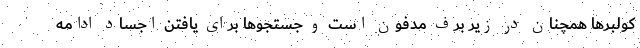
کولبرها همچنان در زیر برف مدفون است و جستجوها برای یافتن اجساد ادامه